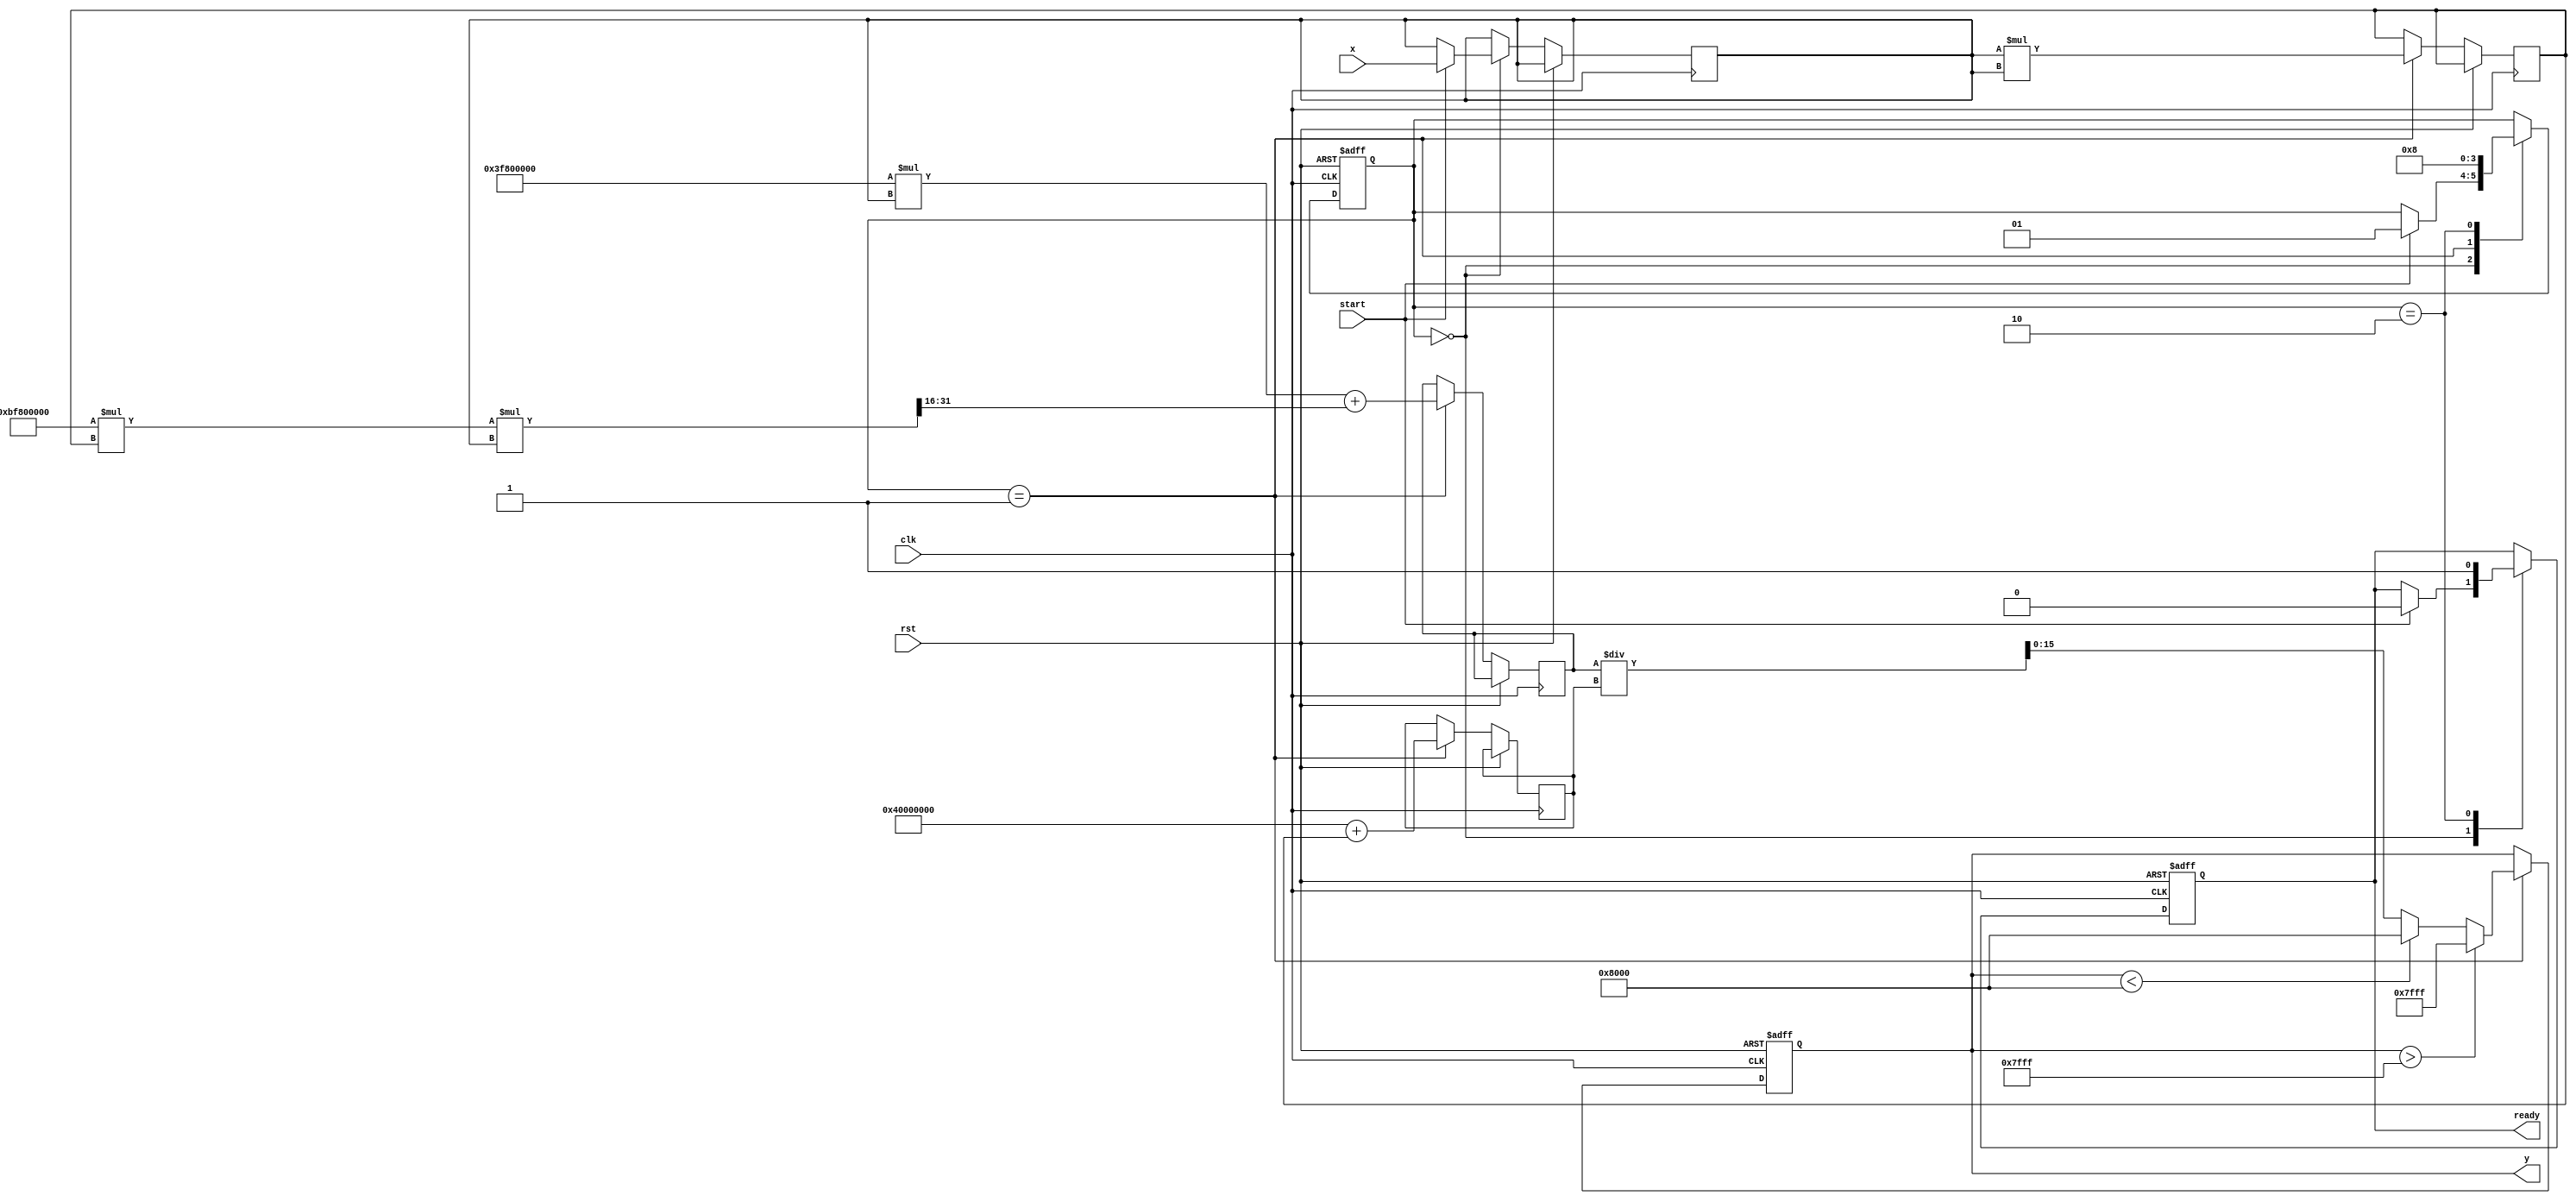
module tanh_block (
    input wire clk,
    input wire rst,
    input wire [15:0] x,          // Fixed-point input (16-bit)
    input wire start,             // Start signal for computation
    output reg [15:0] y,          // Fixed-point output (16-bit)
    output reg ready              // Ready signal for output
);

    // Parameters
    parameter WIDTH = 16;         // Bit width for input and output
    parameter MAX_OUTPUT = 16'h7FFF; // Maximum output for tanh (1.0 in fixed-point)
    parameter MIN_OUTPUT = 16'h8000; // Minimum output for tanh (-1.0 in fixed-point)

    // Internal signals
    reg [15:0] x_reg;
    reg [31:0] x_squared;         // For intermediate calculations
    reg [31:0] numerator;         // For tanh approximation
    reg [31:0] denominator;       // For tanh approximation
    reg [1:0] state;              // State machine for control logic

    // State encoding
    localparam IDLE = 2'b00,
               COMPUTE = 2'b01,
               OUTPUT = 2'b10;

    // Polynomial coefficients for tanh approximation (example: 3rd order)
    parameter C1 = 32'h3F800000; // Coefficient for x
    parameter C2 = 32'hBF800000; // Coefficient for x^3

    // State machine for control
    always @(posedge clk or posedge rst) begin
        if (rst) begin
            state <= IDLE;
            y <= 0;
            ready <= 0;
        end else begin
            case (state)
                IDLE: begin
                    if (start) begin
                        x_reg <= x; // Capture input
                        state <= COMPUTE;
                        ready <= 0;
                    end
                end
                COMPUTE: begin
                    // Compute x^2
                    x_squared <= x_reg * x_reg;

                    // Compute numerator: x + (x^3 / 3)
                    numerator <= (C1 * x_reg) + ((C2 * x_squared * x_reg) >> 16);
                    // Compute denominator: 1 + (x^2)
                    denominator <= (32'h40000000 + x_squared); // 1.0 in fixed-point

                    // Compute tanh approximation: numerator / denominator
                    y <= numerator / denominator;

                    // Clamp output
                    if (y > MAX_OUTPUT) begin
                        y <= MAX_OUTPUT;
                    end else if (y < MIN_OUTPUT) begin
                        y <= MIN_OUTPUT;
                    end

                    state <= OUTPUT;
                end
                OUTPUT: begin
                    ready <= 1; // Signal that output is ready
                    state <= IDLE; // Go back to idle
                end
            endcase
        end
    end

endmodule